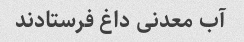
آب معدنی داغ فرستادند